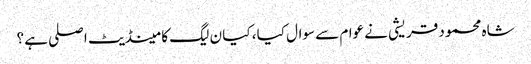
شاہ محمود قریشی نے عوام سے سوال کیا ، کیا ن لیگ کا مینڈیٹ اصلی ہے ؟